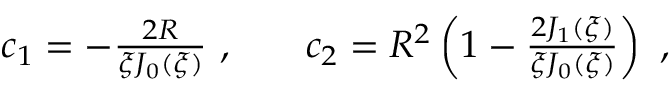
\begin{array} { r l r } { c _ { 1 } = - \frac { 2 R } { \xi J _ { 0 } ( \xi ) } ~ , } & { { } } & { c _ { 2 } = R ^ { 2 } \left( 1 - \frac { 2 J _ { 1 } ( \xi ) } { \xi J _ { 0 } ( \xi ) } \right) ~ , } \end{array}